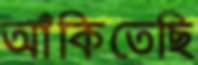
আঁকিতেছি